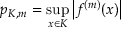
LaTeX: p _ { K , m } = \operatorname* { s u p } _ { x \in K } \left| f ^ { ( m ) } ( x ) \right|